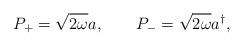
LaTeX: \begin{align*}P_{+}=\sqrt{2\omega }a,\qquad P_{-}=\sqrt{2\omega }a^{\dagger },\end{align*}